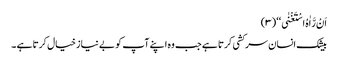
اَنْ رَّاٰہُ اسْتَغْنٰی ‘‘ (۳)
بیشک انسان سر کشی کرتا ہے جب وہ اپنے آپ کو بے نیاز خیال کرتا ہے ۔